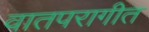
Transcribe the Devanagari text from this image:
वातपरागीत